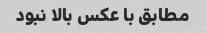
مطابق با عکس بالا نبود